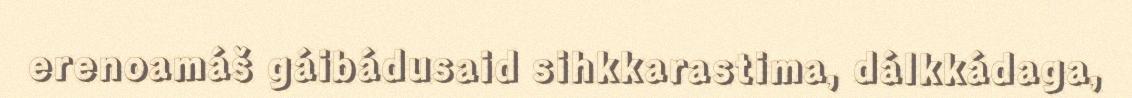
erenoamáš gáibádusaid sihkkarastima, dálkkádaga,